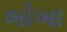
બોબા